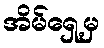
အိမ်ရှေ့မှ